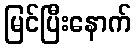
မြင်ပြီးနောက်